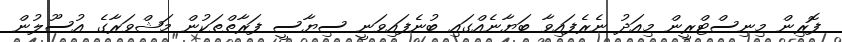
ފޮރިން މިނިސްޓްރީން މިއަދު ނެރެފައިވާ ބަޔާނެއްގައި ބުނެފައިވަނީ ސިޔާސީ ފަރާތްތަކުން މަޝްވަރާގެ އުސޫލުން